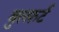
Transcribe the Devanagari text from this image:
बुल्फ़र्ट